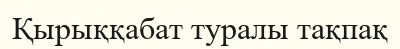
Қырыққабат туралы тақпақ